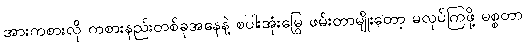
အားကစားလို ကစားနည်းတစ်ခုအနေနဲ့ စပါးအုံးမြွေ ဖမ်းတာမျိုးတော့ မလုပ်ကြဖို့ မစ္စတာ